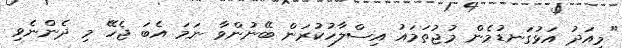
"މިއަދު އަޅުގަނޑުމެން މުޖުތަމައު އިސްލާހުކުރަން ބޭނުންވާ ނަމަ އެބަ ޖެހޭ މި ދެންނެވި